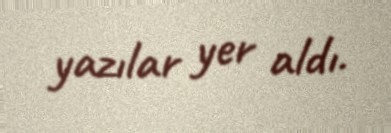
yazılar yer aldı.